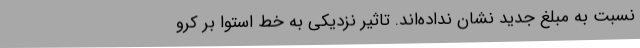
نسبت به مبلغ جدید نشان نداده‌اند. تاثیر نزدیکی به خط استوا بر کرو